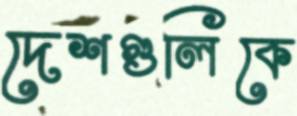
দেশগুলিকে